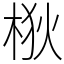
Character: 梑